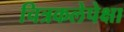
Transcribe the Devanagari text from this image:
चित्रकलेपेक्षा